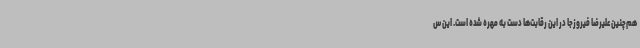
هم‌چنین علیرضا فیروزجا در این رقابت‌ها دست به مهره شده است. این س